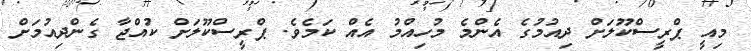
މިއީ ޕްރީސްކޫލަށް ދިއުމުގެ އެންމެ މުހިއްމު އެއް ކަމެވެ. ޕްރީސްކޫލަށް ކުއްޖާ ގެންދިއުމަށް